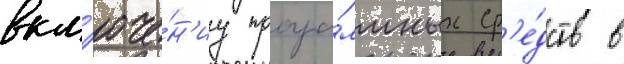
вкл'юче́н'иу програ́ммных ср'е́дств в